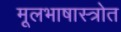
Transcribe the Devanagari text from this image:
मूलभाषास्त्रोत